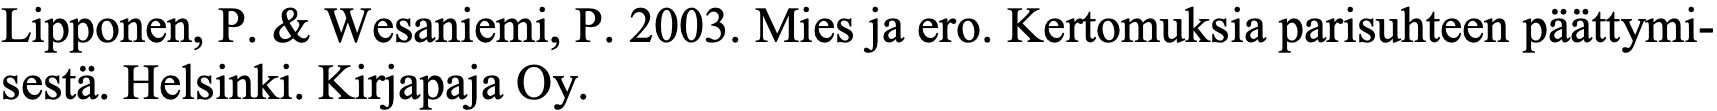
Lipponen, P. & Wesaniemi, P. 2003. Mies ja ero. Kertomuksia parisuhteen päättymi- sestä. Helsinki. Kirjapaja Oy.